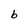
Character: b